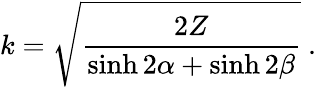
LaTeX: k=\sqrt{\frac{2Z}{\sinh 2\alpha+\sinh 2\beta}}\ .